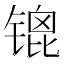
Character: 𫔇